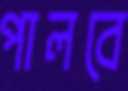
পালবে